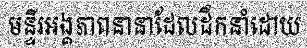
មន្ទីរអង្គភាពនានាដែលដឹកនាំដោយ